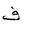
Letter: _fa